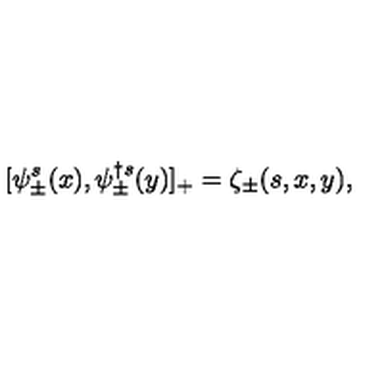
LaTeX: [ \psi _ { \pm } ^ { s } ( x ) , \psi _ { \pm } ^ { \dagger s } ( y ) ] _ { + } = \zeta _ { \pm } ( s , x , y ) ,